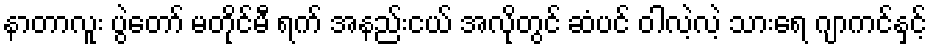
နာတာလူး ပွဲတော် မတိုင်မီ ရက် အနည်းငယ် အလိုတွင် ဆံပင် ဝါလဲ့လဲ့ သားရေ ဂျာကင်နှင့်